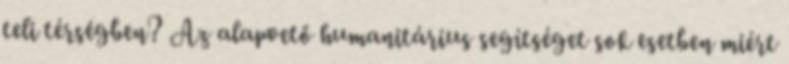
teli térségben? Az alapvető humanitárius segítséget sok esetben miért